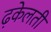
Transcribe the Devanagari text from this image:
ढ़केलती